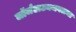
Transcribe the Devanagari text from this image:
जॉर्जटाउनजवळचा